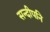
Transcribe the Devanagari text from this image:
सन्दीपनि